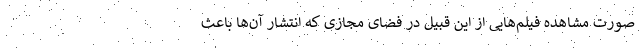
صورت مشاهده‌ فیلم‌هایی از این قبیل در فضای مجازی که انتشار آن‌ها باعث